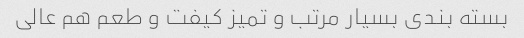
بسته بندی بسیار مرتب و تمیز کیفت و طعم هم عالی